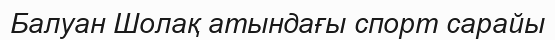
Балуан Шолақ атындағы спорт сарайы